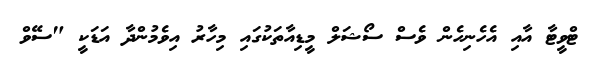
ޓްވީޓާ އާއި އެހެނިހެން ވެސް ސޯޝަލް މީޑިއާތަކުގައި މިހާރު އިވެމުންދާ އަޑަކީ "ސޭވް